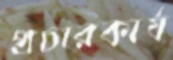
প্রচারকার্য